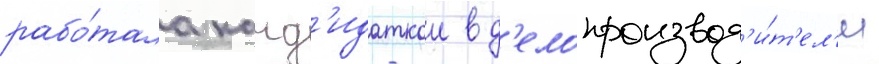
рабо́тала канд'идаткои в д'елопроизвод'и́т'ел'и